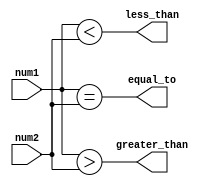
module signed_magnitude_comparator (
    input signed [3:0] num1,
    input signed [3:0] num2,
    output greater_than,
    output less_than,
    output equal_to
);

assign greater_than = (num1 > num2);
assign less_than = (num1 < num2);
assign equal_to = (num1 == num2);

endmodule